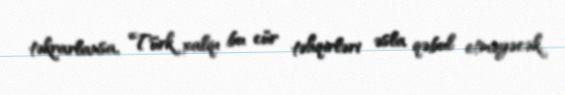
təkrarlansa, Türk xalqı bu cür təhqirləri əsla qəbul etməyəcək.